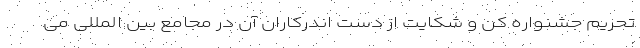
تحریم جشنواره کن و شکایت از دست اندرکاران آن در مجامع بین المللی می